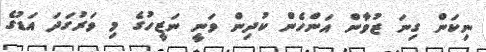
ނިކަން ގިނަ ޒުވާން އަންހެން ކުދިން ވަނީ ނަޒީހުގެ މި ވަރުގަދަ އަޑުގެ